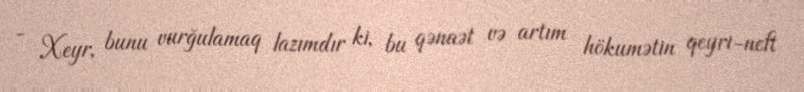
- Xeyr, bunu vurğulamaq lazımdır ki, bu qənaət və artım hökumətin qeyri-neft